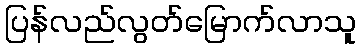
ပြန်လည်လွတ်မြောက်လာသူ